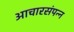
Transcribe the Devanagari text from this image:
आचारसंपन्‍न